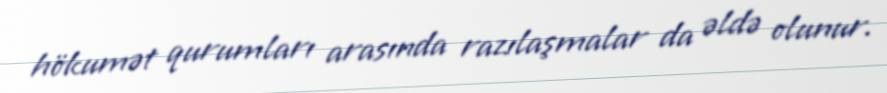
hökumət qurumları arasında razılaşmalar da əldə olunur.